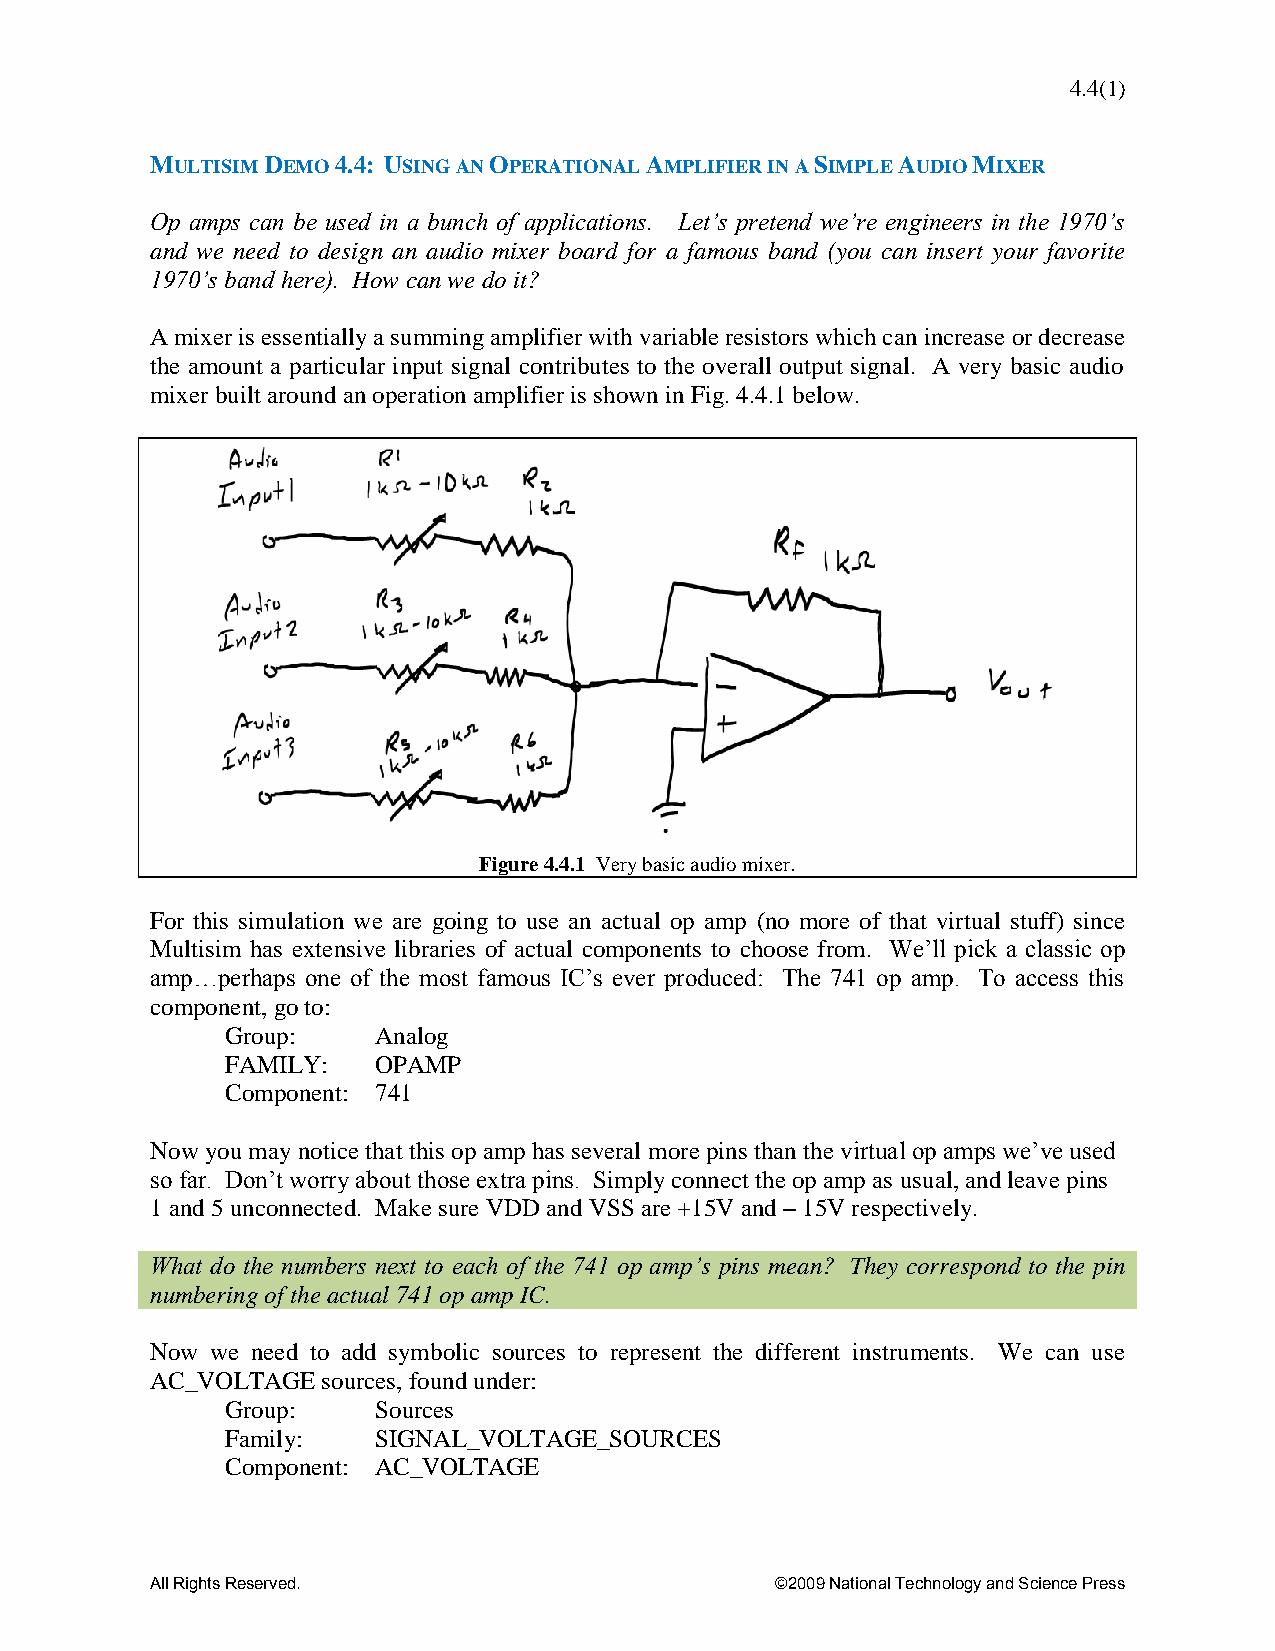
4.4(1)
 MULTISIM DEMO 4.4: USING AN OPERATIONAL AMPLIFIER IN A SIMPLE AUDIO MIXER
 Op amps can be used in a bunch of applications. Let’s pretend we’re engineers in the 1970’s
 and we need to design an audio mixer board for a famous band (you can insert your favorite
 1970’s band here). How can we do it?
 A mixer is essentially a summing amplifier with variable resistors which can increase or decrease
 the amount a particular input signal contributes to the overall output signal. A very basic audio
 mixer built around an operation amplifier is shown in Fig. 4.4.1 below.
 Figure 4.4.1 Very basic audio mixer.
 For this simulation we are going to use an actual op amp (no more of that virtual stuff) since
 Multisim has extensive libraries of actual components to choose from. We’ll pick a classic op
 amp…perhaps one of the most famous IC’s ever produced: The 741 op amp. To access this
 component, go to:
 Group:    Analog
 FAMILY:   OPAMP
 Component: 741
 Now you may notice that this op amp has several more pins than the virtual op amps we’ve used
 so far. Don’t worry about those extra pins. Simply connect the op amp as usual, and leave pins
 1 and 5 unconnected. Make sure VDD and VSS are +15V and – 15V respectively.
 What do the numbers next to each of the 741 op amp’s pins mean? They correspond to the pin
 numbering of the actual 741 op amp IC.
 Now we need to add symbolic sources to represent the different instruments. We can use
 AC_VOLTAGE sources, found under:
 Group:    Sources
 Family:   SIGNAL_VOLTAGE_SOURCES
 Component: AC_VOLTAGE
 All Rights Reserved.                     ©2009 National Technology and Science Press